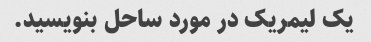
یک لیمریک در مورد ساحل بنویسید.